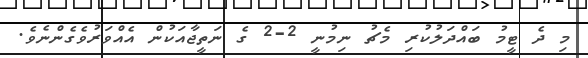
މި ދެ ޓީމު ބައްދަލުކުރި މެޗު ނިމުނީ 2-2 ގެ ނަތީޖާއަކުން އެއްވަރުވެގެންނެވެ.